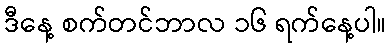
ဒီနေ့ စက်တင်ဘာလ ၁၆ ရက်နေ့ပါ။